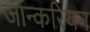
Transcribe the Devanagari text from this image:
जान्करियन